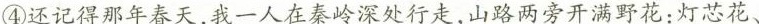
④还记得那年春天，我一人在秦岭深处行走，山路两旁开满野花；\underline{灯芯花、}